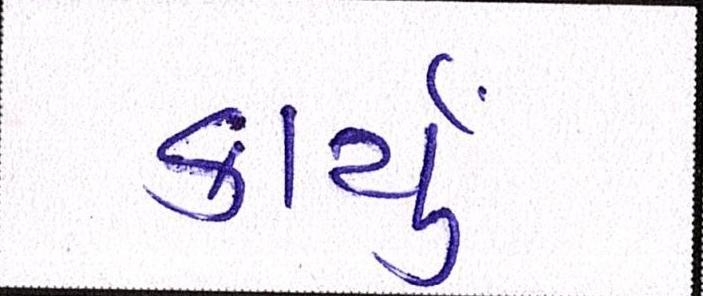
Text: કાર્યું